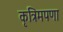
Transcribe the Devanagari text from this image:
कृत्रिमपणा